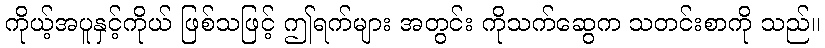
ကိုယ့်အပူနှင့်ကိုယ် ဖြစ်သဖြင့် ဤရက်များ အတွင်း ကိုသက်ဆွေက သတင်းစာကို သည်။